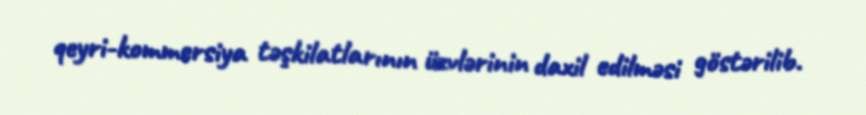
qeyri-kommersiya təşkilatlarının üzvlərinin daxil edilməsi göstərilib.